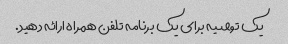
یک توصیه برای یک برنامه تلفن همراه ارائه دهید.